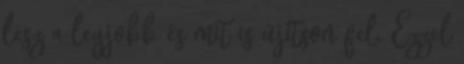
lesz a legjobb és mit is újítson fel. Ezzel